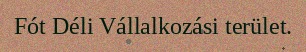
Fót Déli Vállalkozási terület.